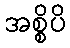
အစ္စိပိ